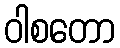
ဝါစတော